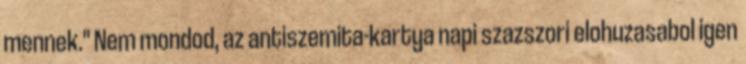
mennek." Nem mondod, az antiszemita-kartya napi szazszori elohuzasabol igen